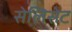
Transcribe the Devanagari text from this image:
सेलिसेट